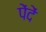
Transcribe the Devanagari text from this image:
पेंदें